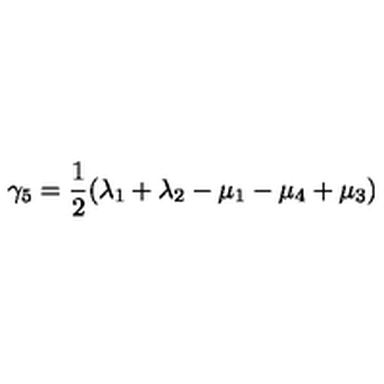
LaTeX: \gamma _ { 5 } = \frac { 1 } { 2 } ( \lambda _ { 1 } + \lambda _ { 2 } - \mu _ { 1 } - \mu _ { 4 } + \mu _ { 3 } )